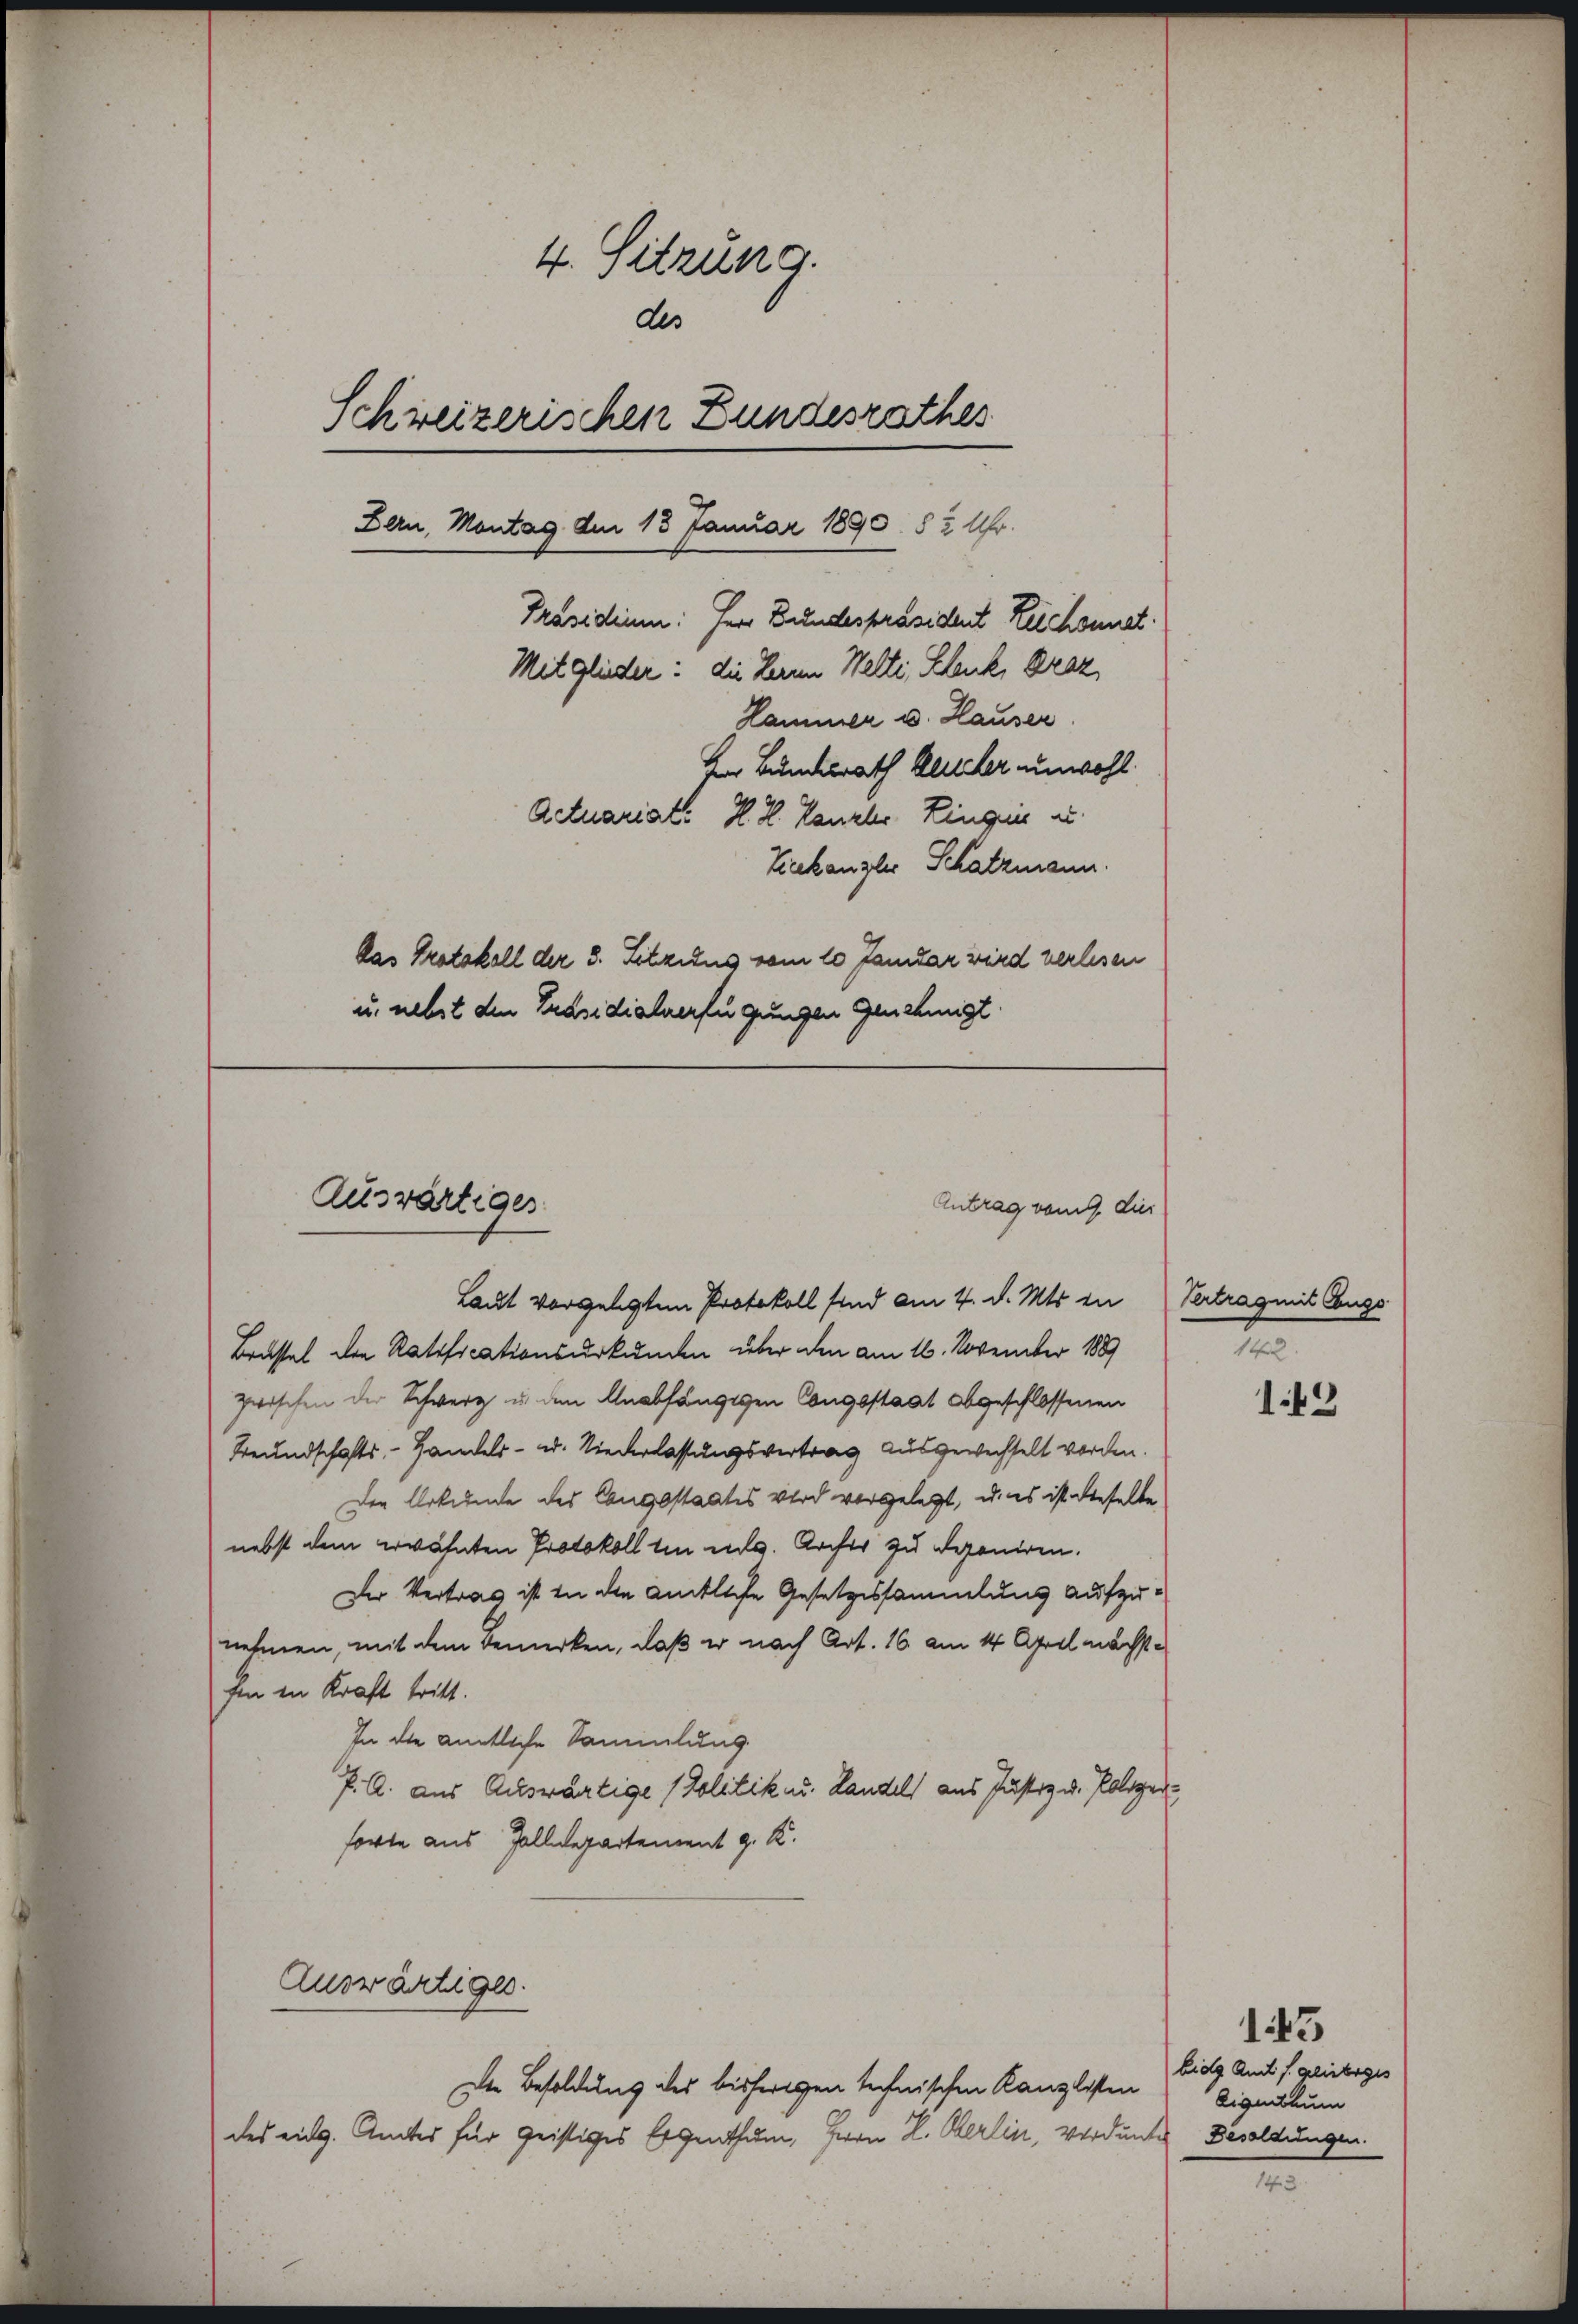
4. Sitzung.
des
Schreizerischen Bundesrathes
Bern, Montag dem 13 Januar 1890. § 2 Uhr.
Präsidium. Herr Bundespräsident Leichsunat
Mitglieder. die Herrn Welti, Schenk, Draz
Hammer u. Hauser.
Her Bundesrath Blicker unwohl
Actuariat. H. H. Kanzler Ringen u.
Ziekanzler Schatzmann.
Das Protokoll der 3. Letzius vom 10 Janidar wird verlesen
u. nebst den Präsidialverfügungen Genehmigt.

Auswärtiger

Laut vorgelegten Protokoll sind am 4. d. Mts. in Vertrag mit Eugs
Brüssel den Ratificationsurkunden über den am 16. November 1889
zwischen der Schwerz u. den Unabhängigen Congsstaat abgeschlossenen
Beundschafts - Handels- u. Niederlassungsvertrag ausgewechselt worden.
Den Urkunde des Cangsstaates wird vorgelegt, u. es ist dieselbe
nebst dem erwähnten Protokoll in elg. Archiv zu deponiren.
Der Vertrag ist in die amtliche Gesetzessammlung aufzunehmen, mit dem bemerken, daß er nach Art. 16. am 14. April nächste
Ein in Kraft tritt.
In die amtliche Sammlung.
P. A. aus Auswärtige (Politik u. Landels aus Justiz u. Polizeiforte aus Zolldepartement g. K.

Die Besoldung des bisherigen technischen Kanzlisten
des eidg. Amtes für geistiges Eigenthum, Herrn L. Oberlin, verdie

Auswärtiges.

Antrag vom 9. dir

t
143

143
bidg Amt f. geliebiges
Eigenthum
de Besoldungen.